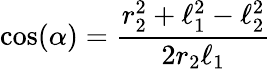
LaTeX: \cos(\alpha)=\frac{r_{2}^{2}+\ell_{1}^{2}-\ell_{2}^{2}}{2r_{2}\ell_{1}}